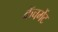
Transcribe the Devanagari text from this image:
कॅचमेंट